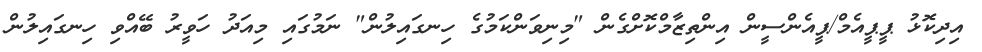
އިދިކޮޅު ޕީޕީއެމް/ޕީއެންސީން އިންތިޒާމްކޮށްގެން "މިނިވަންކަމުގެ ހިނގައިލުން" ނަމުގައި މިއަދު ހަވީރު ބޭއްވި ހިނގައިލުން